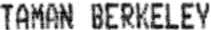
TAMAN BERKELEY